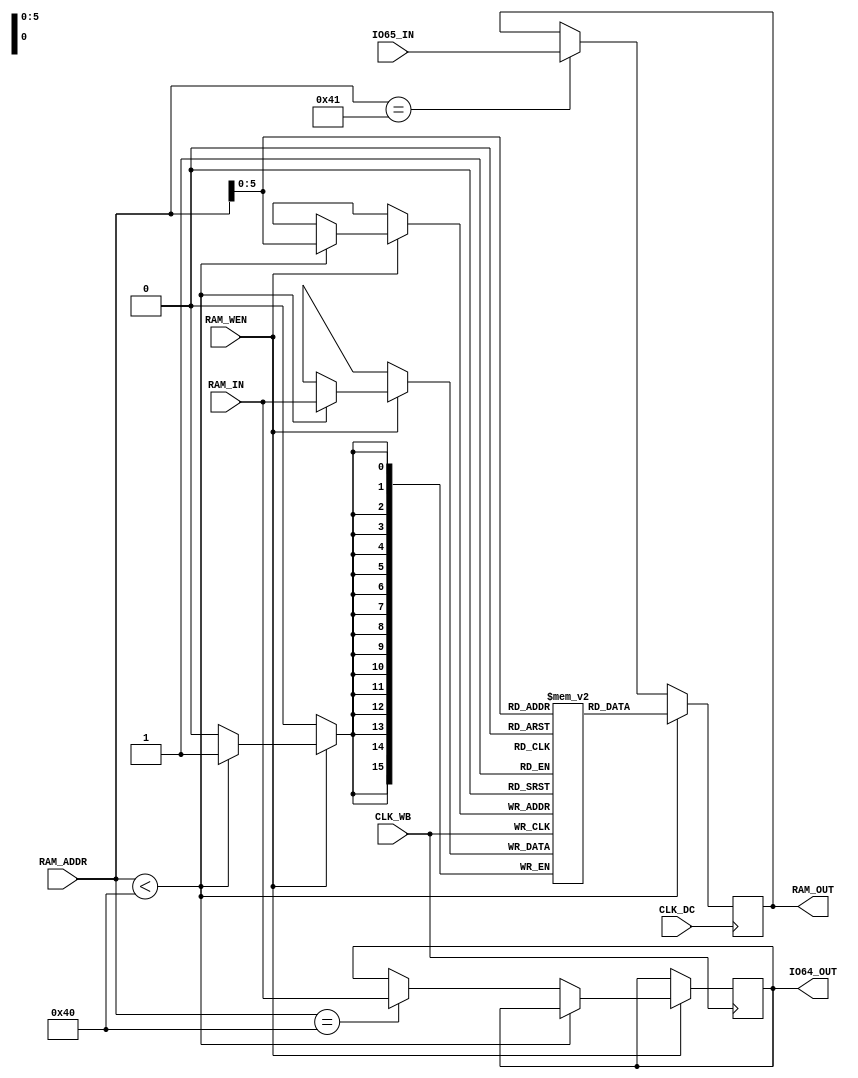
module ram_dc_wb(
    input CLK_DC,
    input CLK_WB,
    input[7:0] RAM_ADDR,
    input[15:0] RAM_IN,
    input[15:0] IO65_IN,
    input RAM_WEN,
    output reg[15:0] RAM_OUT,
    output reg[15:0] IO64_OUT
);

reg[15:0] ram_array[0:63];
integer i;

initial begin
    for (i = 0; i < 64; i = i + 1)
        ram_array[i] <= 16'b0;
end

always @(posedge CLK_DC) begin
    if (RAM_ADDR < 8'd64)
        RAM_OUT <= ram_array[RAM_ADDR];
    else if (RAM_ADDR == 8'd65)
        RAM_OUT <= IO65_IN;
end

always @(posedge CLK_WB) begin
    if (RAM_WEN == 1'b1)
        if (RAM_ADDR < 8'd64)
            ram_array[RAM_ADDR] <= RAM_IN;
        else if (RAM_ADDR == 8'd64)
            IO64_OUT <= RAM_IN;
end

endmodule